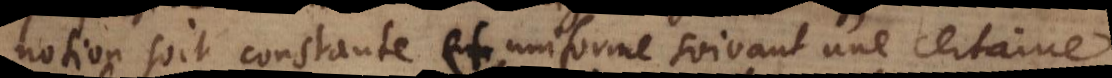
notion soit constante et uniforme suivant une certaine